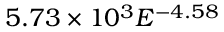
5 . 7 3 \times 1 0 ^ { 3 } E ^ { - 4 . 5 8 }